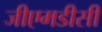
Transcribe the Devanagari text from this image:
जीएमडीसी